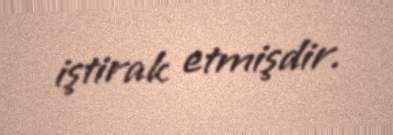
iştirak etmişdir.